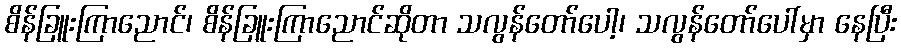
စိန်ခြူးကြာညောင်၊ စိန်ခြူးကြာညောင်ဆိုတာ သလွန်တော်ပေါ့၊ သလွန်တော်ပေါ်မှာ နေပြီး